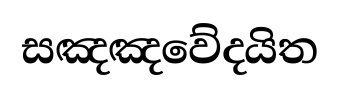
සඤඤවේදයිත